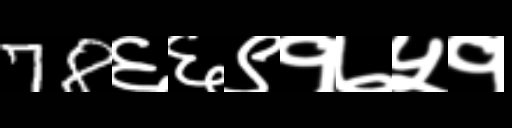
Text: 78६६९१७५१